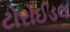
ટોરોઈડલ